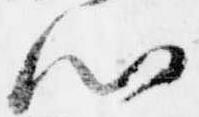
心